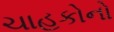
ચાહકોનો